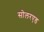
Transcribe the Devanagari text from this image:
सोलरएड